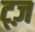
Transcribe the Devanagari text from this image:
ट्ज़